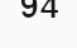
94